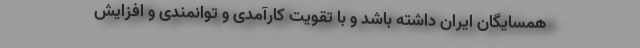
همسایگان ایران داشته باشد و با تقویت کارآمدی و توانمندی و افزایش